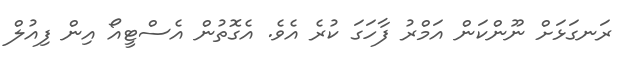
ރަނގަޅަށް ނޫންކަން އަމްރު ފާހަގަ ކުރެ އެވެ. އެގޮތުން އެސްޓީއޯ އިން ފިއުލް